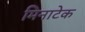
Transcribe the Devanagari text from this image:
मिनाटेक